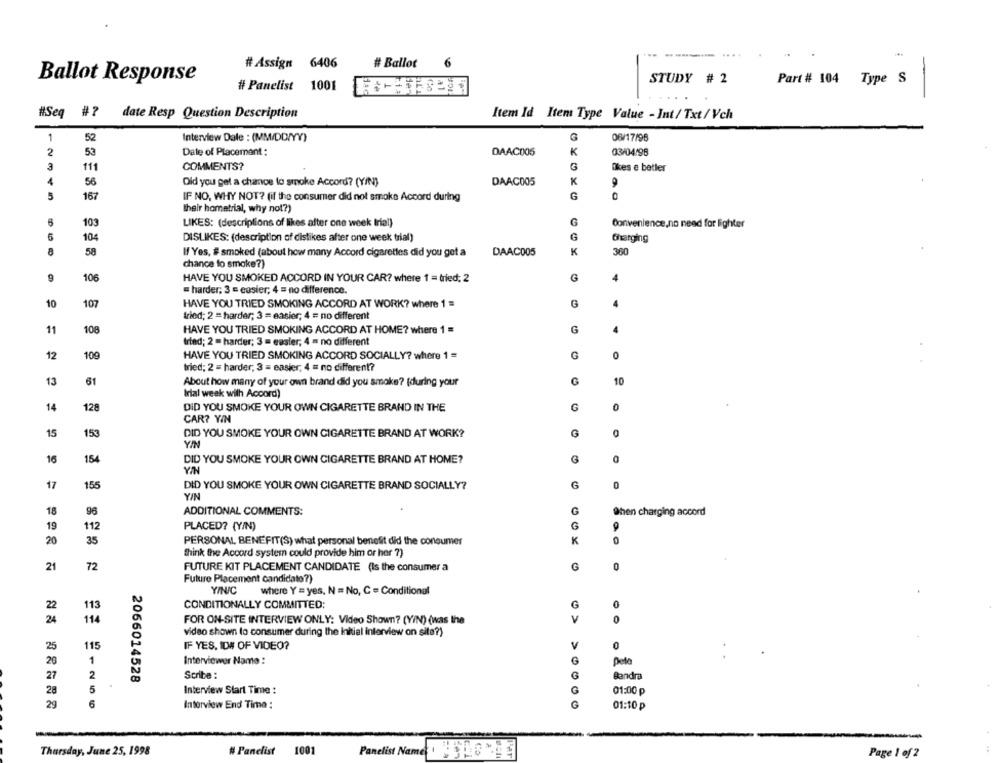
# Assign 6406
# Ballot
Ballot Response
STUDY # 2
Part # 104 Type S
# Panelist 1001
#Seq
#? date Resp Question Description
Item Id Item Type Value - Int/ Txt/ Vch
1
52
Interview Dale : (MM/DD/YY)
G
06/17/96
2
53
Date of Placement:
DAAC005
K
03/04/98
3
111
COMMENTS?
G
Ikes e betler
4
56
Did you get a chance to smoke Accord? (Y/N)
DAAC005
K
167
IF NO, WHY NOT? (if the consumer did not smoke Accord during
G
their hometrial, why not?)
103
LIKES: (descriptions of likes after one week Iriel)
Convenience,no need for lighter
104
DISLIKES: (description of distikes after one week trial)
G
Charging
58
If Yes, #smoked (about how many Accord cigarettes did you get a
DAAC005
K
360
chance to smoke?)
9
106
HAVE YOU SMOKED ACCORD IN YOUR CAR? where 1 = tried; 2
G
= harder, 3 = easier; 4 = no difference.
10
107
HAVE YOU TRIED SMOKING ACCORD AT WORK? where 1 =
G
tried; 2 = harder; 3 = easier; 4 = no different
11
108
HAVE YOU TRIED SMOKING ACCORD AT HOME? where 1 =
tried; 2 = harder; 3 = easter; 4 = no different
12
109
HAVE YOU TRIED SMOKING ACCORD SOCIALLY? where 1 =
G
0
tried; 2 = harder; 3 = easier, 4 = no different?
13
61
10
About how many of your own brand did you smoke? [during your
Irial week with Accord)
14
128
DID YOU SMOKE YOUR OWN CIGARETTE BRAND IN THE
G
0
CAR? YIN
15
153
DID YOU SMOKE YOUR OWN CIGARETTE BRAND AT WORK?
0
YIN
16
154
DID YOU SMOKE YOUR OWN CIGARETTE BRAND AT HOME?
Y/N
17
155
DID YOU SMOKE YOUR OWN CIGARETTE BRAND SOCIALLY?
G
0
Y/N
18
96
ADDITIONAL COMMENTS:
G
When charging accord
19
112
PLACED? (Y/N)
G
20
35
PERSONAL BENEFIT(S) what personal benefit did the consumer
K
0
think the Accord system could provide him or her ?)
21
72
FUTURE KIT PLACEMENT CANDIDATE (Is the consumer a
G
0
Future Placement candidate?)
YINIC
where Y = yes, N = No, C = Conditional
113
G
0
22
CONDITIONALLY COMMITTED:
114
V
24
FOR ON-SITE INTERVIEW ONLY: Video Shown? (VIN) (was the
video shown to consumer during the initial interview on site?)
25
115
IF YES, ID# OF VIDEO?
V
0
20
1
Interviewer Name :
G
pela
27
2
2066014528
Scribe :
O
Bandra
28
5
Interview Start Time :
G
01:00 ₽
29
6
Interview End Time :
G
01:10 p
Thursday, June 25, 1998
# Panelist
1001
Panelist Name: 13
Page 1 of 2